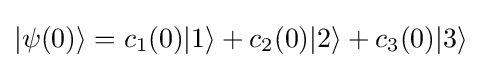
|\psi (0)\rangle =c_{1}(0)|1\rangle +c_{2}(0)|2\rangle +c_{3}(0)|3\rangle